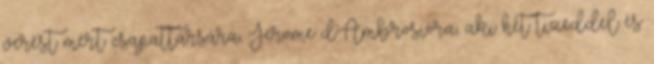
verést mért csapattársára, Jerome d'Ambrosióra, aki hét tizeddel és